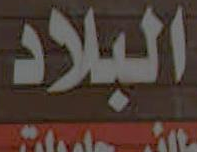
البلاد